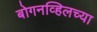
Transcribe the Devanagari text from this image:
बोगनव्हिलच्या